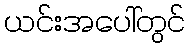
ယင်းအပေါ်တွင်